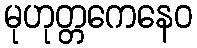
မုဟုတ္တကေနေဝ